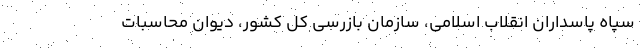
سپاه پاسداران انقلاب اسلامی، سازمان بازرسی کل کشور، دیوان محاسبات